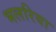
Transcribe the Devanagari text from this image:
भलरिया